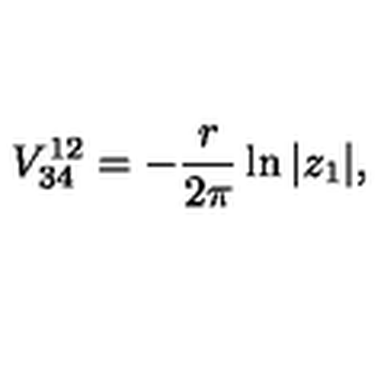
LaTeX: V _ { 3 4 } ^ { 1 2 } = - { \frac { r } { 2 \pi } } \ln | z _ { 1 } | ,